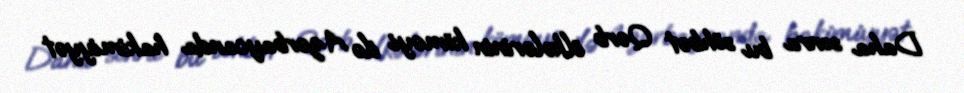
Daha sonra bu söhbət Qərb ölkələrinin köməyi ilə Azərbaycanda hakimiyyət